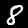
Label: 8